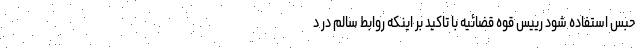
حبس استفاده شود رییس قوه قضائیه با تاکید بر اینکه روابط سالم در د